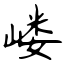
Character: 嵝